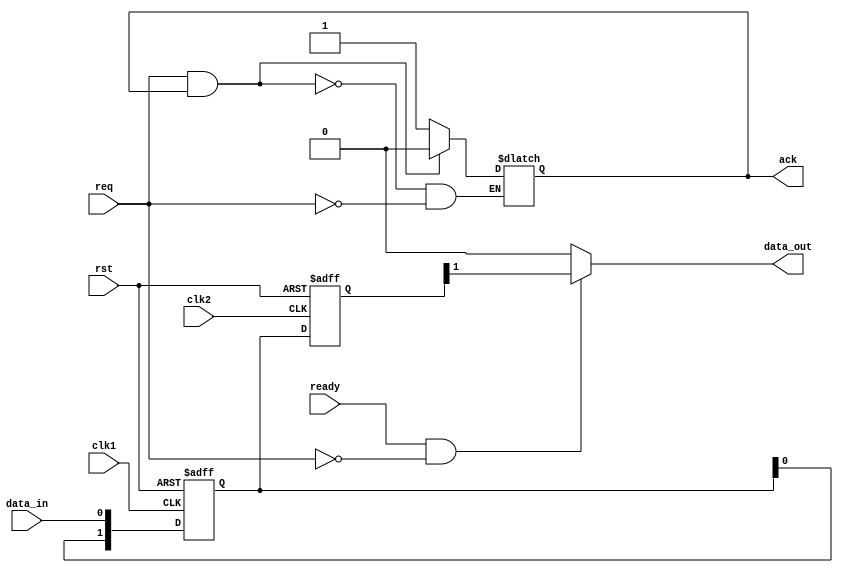
module synchronizer (
    input wire clk1,
    input wire clk2,
    input wire rst,
    input wire data_in,
    output reg data_out,
    input wire req,
    output reg ack,
    input wire ready
);

reg [1:0] sync_data;
reg [1:0] sync_data_ff;

always @(posedge clk1 or posedge rst) begin
    if (rst) begin
        sync_data <= 2'b00;
    end else begin
        sync_data <= {sync_data[0], data_in};
    end
end

always @(posedge clk2 or posedge rst) begin
    if (rst) begin
        sync_data_ff <= 2'b00;
    end else begin
        sync_data_ff <= sync_data;
    end
end

always @(*) begin
    if (ready && !req) begin
        data_out <= sync_data_ff[1];
    end else begin
        data_out <= 1'b0;
    end
end

always @(*) begin
    if (req && ack) begin
        ack <= 1'b0;
    end else if (req) begin
        ack <= 1'b1;
    end
end

endmodule